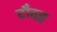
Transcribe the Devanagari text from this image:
टौदह